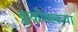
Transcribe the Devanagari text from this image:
क्रूकोव्स्कया